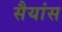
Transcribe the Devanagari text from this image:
सैयांस